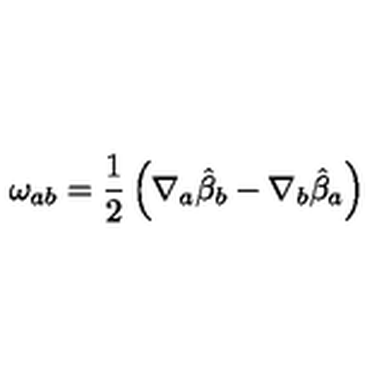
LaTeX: \omega _ { a b } = \frac { 1 } { 2 } \left( \nabla _ { a } { \hat { \beta } _ { b } } - \nabla _ { b } { \hat { \beta } _ { a } } \right)